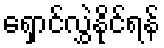
ရှောင်လွှဲနိုင်ရန်